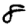
Digit: 8